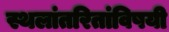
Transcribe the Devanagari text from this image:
स्थलांतरितांविषयी